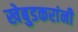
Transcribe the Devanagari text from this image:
खेबुडकरांनी